Source: Handwritten
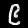
Digit: ၉ (9)